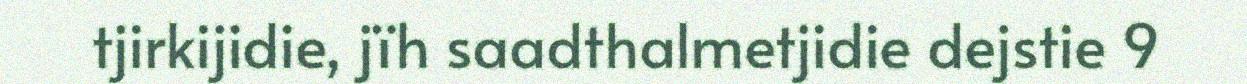
tjirkijidie, jïh saadthalmetjidie dejstie 9